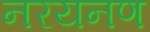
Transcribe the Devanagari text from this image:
नरयनण